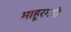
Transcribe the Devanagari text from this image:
माहूरगडी